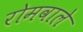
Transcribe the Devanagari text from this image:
रोमवाले